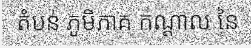
តំបន់ ភូមិភាគ កណ្តាល នៃ